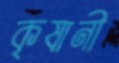
কৃষানী